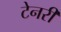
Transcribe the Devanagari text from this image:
टेनरी